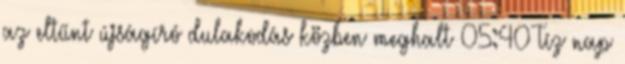
az eltűnt újságíró dulakodás közben meghalt 05:40 Tíz nap